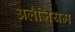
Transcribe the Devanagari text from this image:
अलँजियम